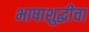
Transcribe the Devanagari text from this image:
भाषाशुद्धीचा